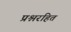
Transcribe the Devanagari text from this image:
प्रश्नरहित